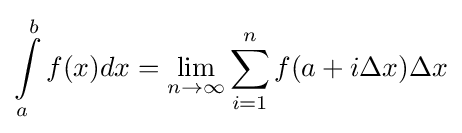
\int \limits _{a}^{b}f(x)dx=\lim _{n\to \infty }\sum _{i=1}^{n}f(a+i\Delta x)\Delta x